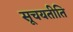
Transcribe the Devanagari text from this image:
सूचयतीति